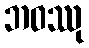
ဘဝဿု